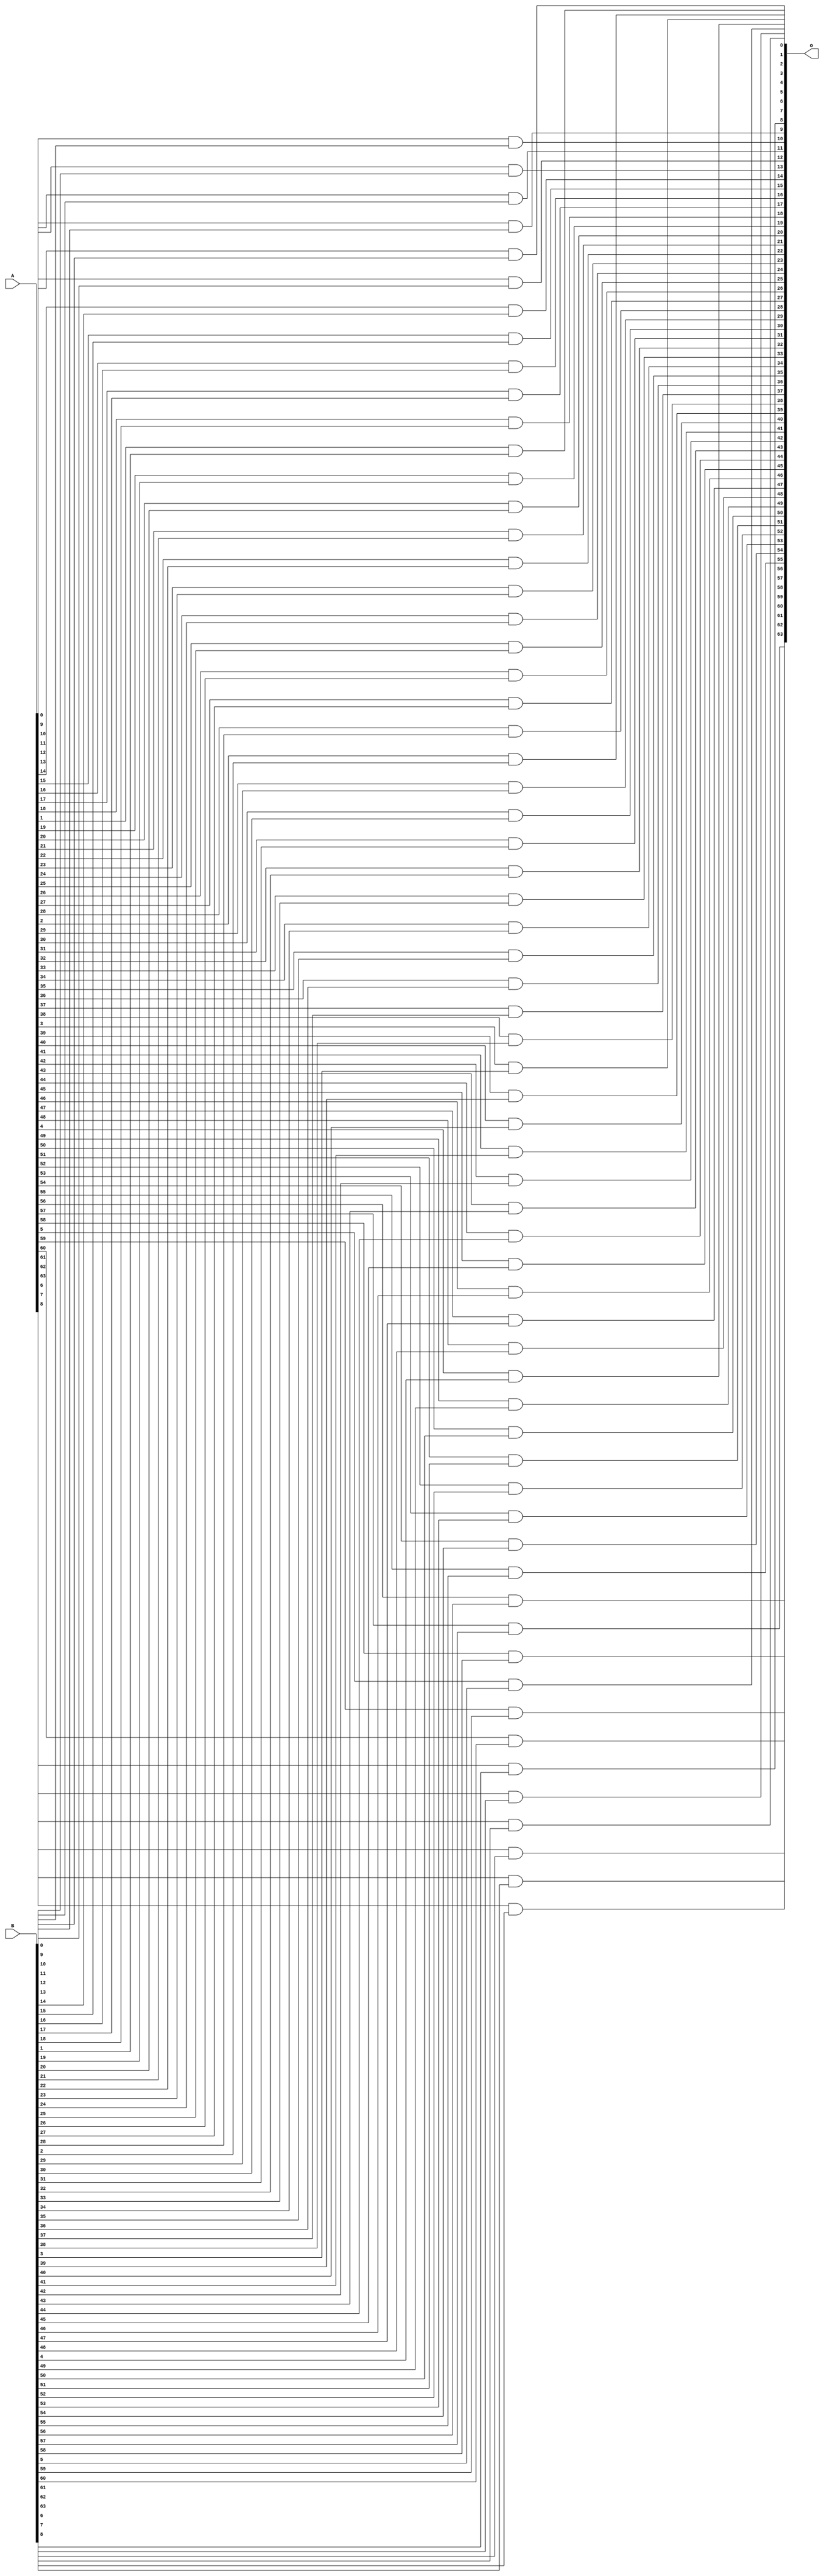
module ANDcircuit(A, B, O);
  input [63:0]A;
  input [63:0]B;
  output [63:0]O;

//   and #72 g1(O,A,B);

  genvar i;
  generate
  for(i = 0; i <= 63; i = i+1)
  begin: for_loop
    and #2 g1(O[i],A[i],B[i]);
  end
  endgenerate
  

endmodule